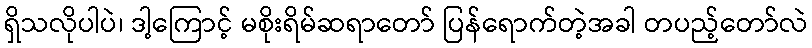
ရှိသလိုပါပဲ၊ ဒါ့ကြောင့် မစိုးရိမ်ဆရာတော် ပြန်ရောက်တဲ့အခါ တပည့်တော်လဲ